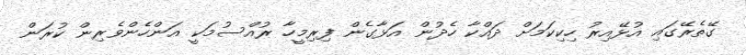
ގޭތެރޭގައި އުޅޭއިރު ހިކިކަމަށް ދައްކާ ހެދުން އަޅާގެން ފިރިމީހާ ރުއްސުމަކީ އަންހެންވެރިން ކުރަން